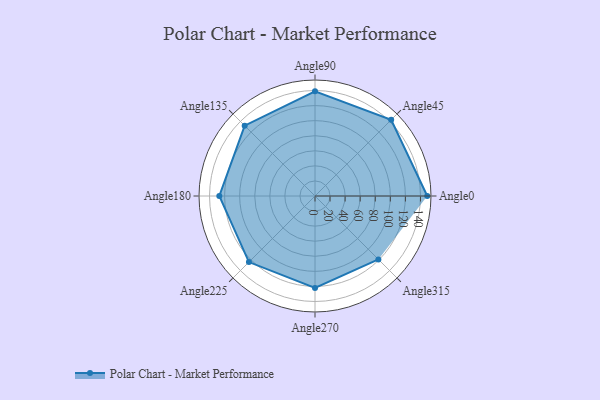
{"axis": {"x": "Angle", "y": "Radius"}, "legend": [""], "data": [{"x": "Angle0", "y": 149.0, "type": ""}, {"x": "Angle45", "y": 143.0, "type": ""}, {"x": "Angle90", "y": 139.0, "type": ""}, {"x": "Angle135", "y": 132.0, "type": ""}, {"x": "Angle180", "y": 127.0, "type": ""}, {"x": "Angle225", "y": 124.0, "type": ""}, {"x": "Angle270", "y": 122.0, "type": ""}, {"x": "Angle315", "y": 119.0, "type": ""}]}